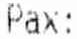
PAX: